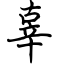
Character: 辜